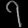
Digit: ၇